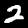
Label: 2